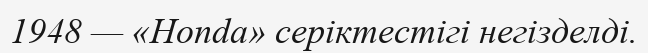
1948 — «Honda» серіктестігі негізделді.